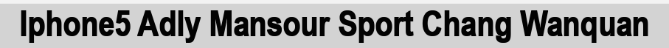
Iphone5 Adly Mansour Sport Chang Wanquan